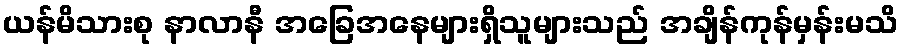
ယန်မိသားစု နာလာနီ အခြေအနေများရှိသူများသည် အချိန်ကုန်မှန်းမသိ